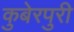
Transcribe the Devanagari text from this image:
कुबेरपुरी